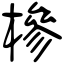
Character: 槮